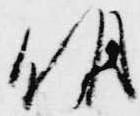
明